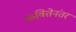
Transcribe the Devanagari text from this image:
कवितेनंतर